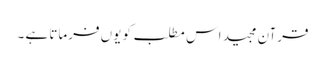
قرآن مجید اس مطلب کو یوں فرماتا ہے ۔